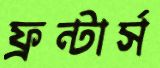
ফ্রন্টার্স